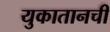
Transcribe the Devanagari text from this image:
युकातानची